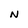
Character: n